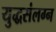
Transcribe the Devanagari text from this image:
युद्धसंलग्न